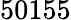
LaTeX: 50155